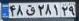
۴۸ق۲۸۱۲۹